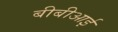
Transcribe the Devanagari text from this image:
बीबीआई